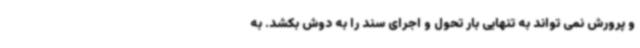
و پرورش نمی تواند به تنهایی بار تحول و اجرای سند را به دوش بکشد. به